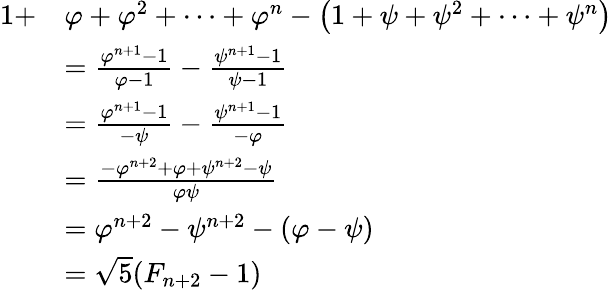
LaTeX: {\begin{array}{rl}{1+}&{\varphi+\varphi^{2}+\dots+\varphi^{n}-\left(1+\psi+\psi^{2}+\dots+\psi^{n}\right)}\\ &{={\frac{\varphi^{n+1}-1}{\varphi-1}}-{\frac{\psi^{n+1}-1}{\psi-1}}}\\ &{={\frac{\varphi^{n+1}-1}{-\psi}}-{\frac{\psi^{n+1}-1}{-\varphi}}}\\ &{={\frac{-\varphi^{n+2}+\varphi+\psi^{n+2}-\psi}{\varphi\psi}}}\\ &{=\varphi^{n+2}-\psi^{n+2}-(\varphi-\psi)}\\ &{={\sqrt{5}}(F_{n+2}-1)}\end{array}}